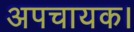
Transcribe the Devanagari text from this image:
अपचायक।